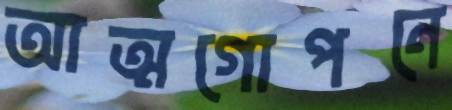
আত্মগোপনে